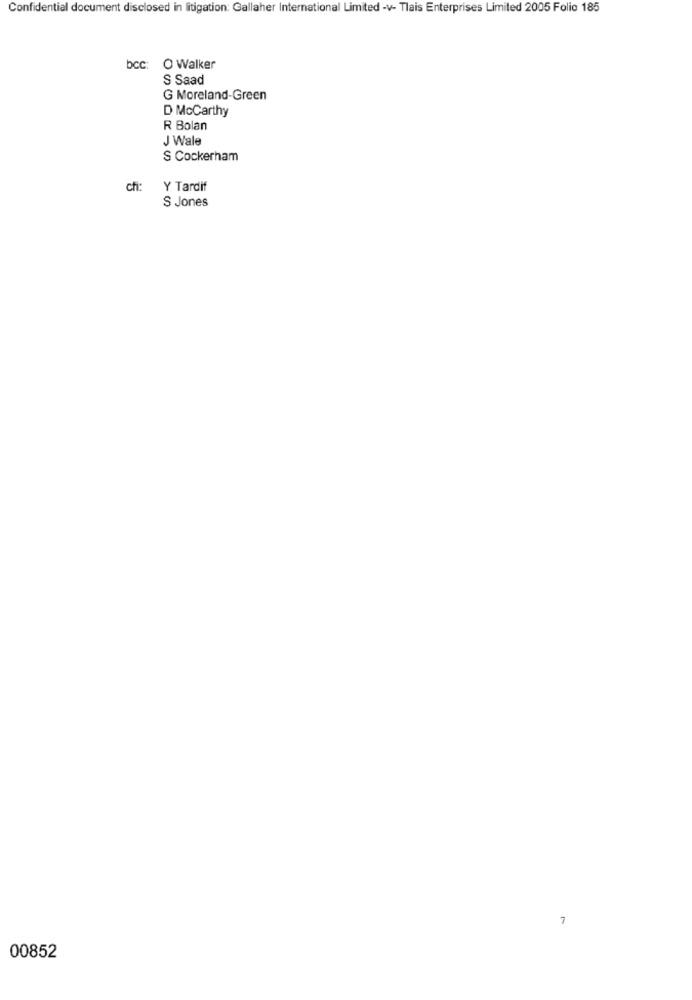
Confidential document disclosed in litigation: Gallaher International Limited -v- Tlais Enterprises Limited 2005 Folio 185
bcc: O Walker
S Saad
G Moreland-Green
D McCarthy
R Bolan
J Wale
S Cockerham
chi
Y Tardif
S Jones
7
00852